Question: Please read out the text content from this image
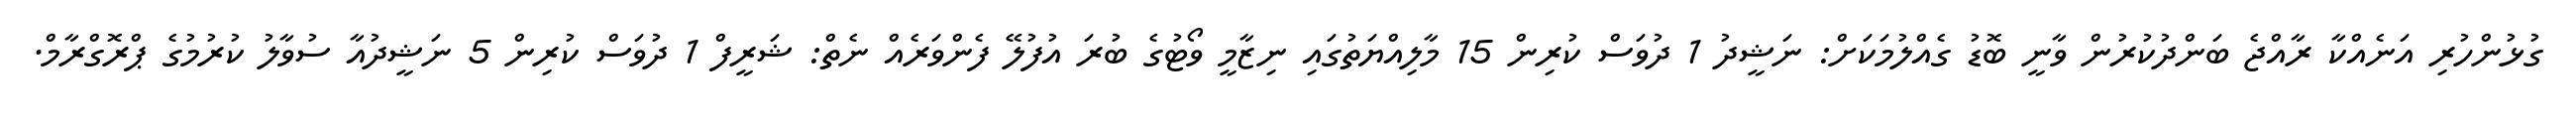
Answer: ގުޅުންހުރި އަނެއްކާ ރާއްޖެ ބަންދުކުރުން ވާނީ ބޮޑު ގެއްލުމަކަށް: ނަޝީދު 1 ދުވަސް ކުރިން 15 މާލިއްޔަތުގައި ނިޒާމީ ވޯޓުގެ ބުރަ އުފުލޭ ފެންވަރެއް ނެތް: ޝަރީފް 1 ދުވަސް ކުރިން 5 ނަޝީދުއާ ސުވާލު ކުރުމުގެ ޕްރޮގްރާމް.